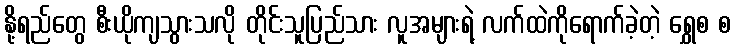
နို့ရည်တွေ စီးယိုကျသွားသလို တိုင်းသူပြည်သား လူအများရဲ့ လက်ထဲကိုရောက်ခဲ့တဲ့ ရွှေစ စ